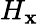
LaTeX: H_{\mathbf{x}}